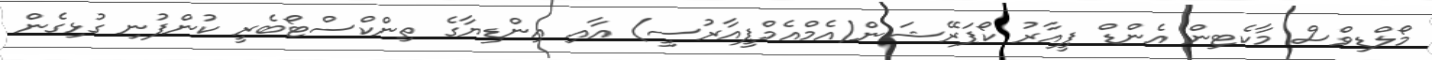
މޯލްޑިވްސް މާކެޓިން އެންޑް ޕީއާރު ކޯޕަރޭޝަން(އެމްއެމްޕީއާރުސީ) އާއި އިންޑިޔާގެ ތިންކްސްޓޯބެރީ ކުންފުނި ގުޅިގެން